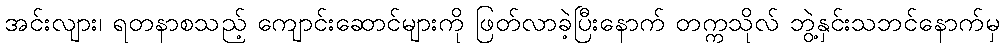
အင်းလျား၊ ရတနာစသည့် ကျောင်းဆောင်များကို ဖြတ်လာခဲ့ပြီးနောက် တက္ကသိုလ် ဘွဲ့နှင်းသဘင်နောက်မှ